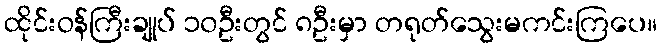
ထိုင်းဝန်ကြီးချုပ် ၁၀ဦးတွင် ၈ဦးမှာ တရုတ်သွေးမကင်းကြပေ။